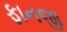
ફાનજી